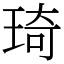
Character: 琦